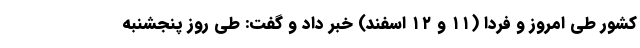
کشور طی امروز و فردا (۱۱ و ۱۲ اسفند) خبر داد و گفت: طی روز پنجشنبه